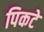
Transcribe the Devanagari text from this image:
पिकटे